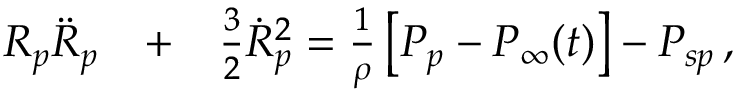
\begin{array} { r l r } { R _ { p } \ddot { R } _ { p } } & { { } + } & { \frac { 3 } { 2 } { \dot { R } _ { p } } ^ { 2 } = \frac { 1 } { \rho } \left[ P _ { p } - P _ { \infty } ( t ) \right] - P _ { s p } \, , } \end{array}